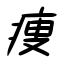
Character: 痩